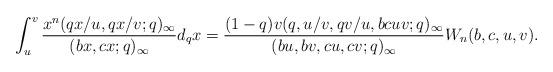
LaTeX: \begin{align*}\int_u^v \frac{ x^n(qx/u,qx/v;q)_{\infty} }{ (bx,cx;q)_{\infty} } d_qx=\frac{(1-q)v (q,u/v,qv/u,bcuv;q)_{\infty} }{(bu,bv,cu,cv;q)_{\infty} } W_n(b,c,u,v).\end{align*}